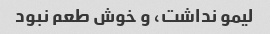
لیمو نداشت، و خوش طعم نبود